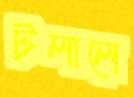
টলালে